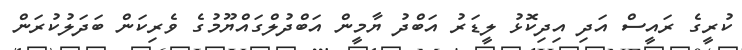
ކުރީގެ ރައީސް އަދި އިދިކޮޅު ލީޑަރު އަބްދު ޔާމީން އަބްދުލްގައްޔޫމުގެ ވެރިކަން ބަދަލުކުރަން